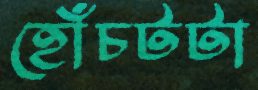
হোঁচটটা